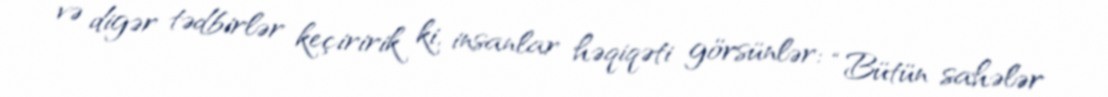
və digər tədbirlər keçiririk ki, insanlar həqiqəti görsünlər: “Bütün sahələr